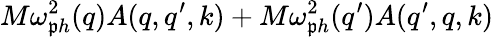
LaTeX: M\omega_{\mathfrak{p}h}^{2}(q)A(q,q^{\prime},k)+M\omega_{\mathfrak{p}h}^{2}(q^{\prime})A(q^{\prime},q,k)